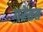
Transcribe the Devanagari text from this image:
गरेतत